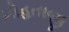
મોહતાજી